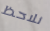
نلاحظ